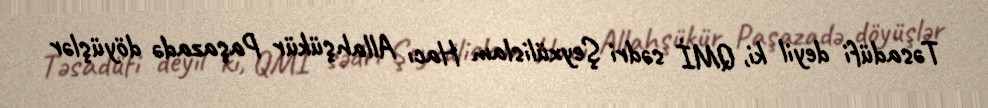
Təsadüfi deyil ki, QMİ sədri Şeyxülislam Hacı Allahşükür Paşazadə döyüşlər